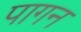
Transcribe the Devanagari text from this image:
पागन